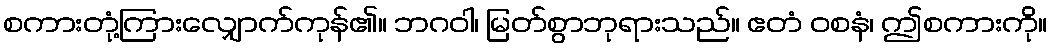
စကားတုံ့ကြားလျှောက်ကုန်၏။ ဘဂဝါ၊ မြတ်စွာဘုရားသည်။ ဧတံ ဝစနံ၊ ဤစကားကို။